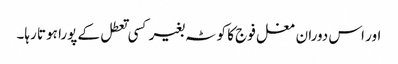
اور اس دوران مغل فوج کا کوٹہ بغیر کسی تعطل کے پورا ہوتا رہا۔